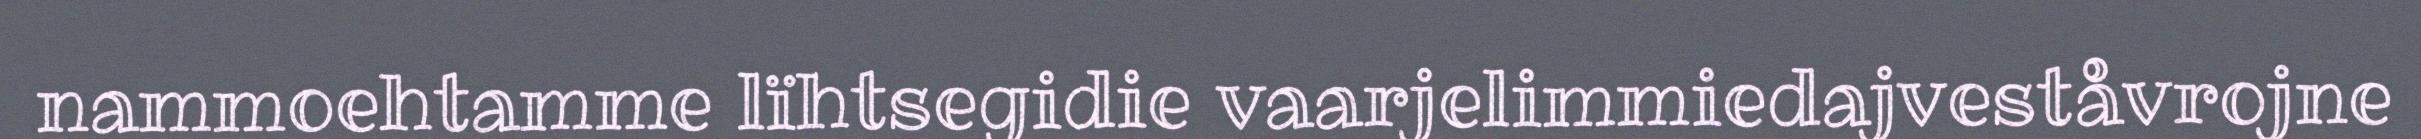
nammoehtamme lïhtsegidie vaarjelimmiedajveståvrojne